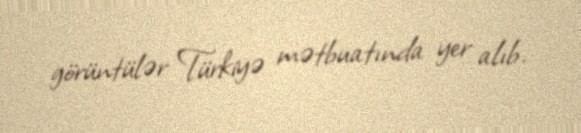
görüntülər Türkiyə mətbuatında yer alıb.